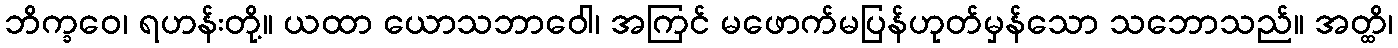
ဘိက္ခဝေ၊ ရဟန်းတို့။ ယထာ ယောသဘာဝေါ၊ အကြင် မဖောက်မပြန်ဟုတ်မှန်သော သဘောသည်။ အတ္ထိ၊